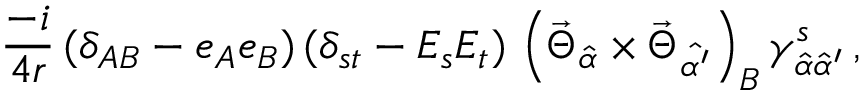
\frac { - i } { 4 r } \, ( \delta _ { A B } - e _ { A } e _ { B } ) \, ( \delta _ { s t } - E _ { s } E _ { t } ) \, \left( \vec { \Theta } _ { \hat { \alpha } } \times \vec { \Theta } _ { \hat { \alpha ^ { \prime } } } \right) _ { B } \gamma _ { \hat { \alpha } \hat { \alpha } ^ { \prime } } ^ { s } \, ,